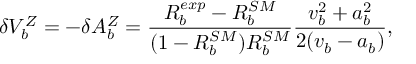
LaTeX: \delta V _ { b } ^ { Z } = - \delta A _ { b } ^ { Z } = \frac { R _ { b } ^ { e x p } - R _ { b } ^ { S M } } { ( 1 - R _ { b } ^ { S M } ) R _ { b } ^ { S M } } \frac { v _ { b } ^ { 2 } + a _ { b } ^ { 2 } } { 2 ( v _ { b } - a _ { b } ) } ,